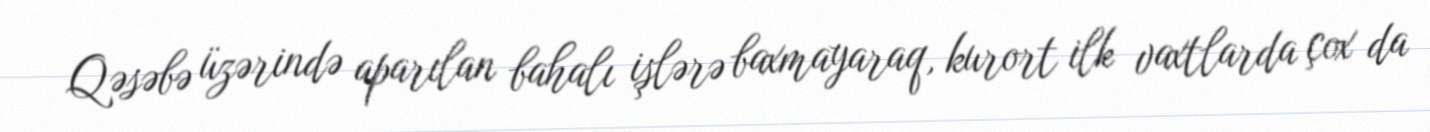
Qəsəbə üzərində aparılan bahalı işlərə baxmayaraq, kurort ilk vaxtlarda çox da